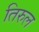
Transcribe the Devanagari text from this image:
तिरुल